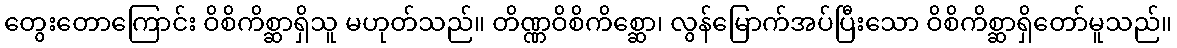
တွေးတောကြောင်း ဝိစိကိစ္ဆာရှိသူ မဟုတ်သည်။ တိဏ္ဏဝိစိကိစ္ဆော၊ လွန်မြောက်အပ်ပြီးသော ဝိစိကိစ္ဆာရှိတော်မူသည်။